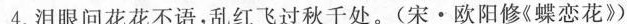
4.泪眼问花花不语，乱红飞过秋千处。(宋·欧阳修《蝶恋花》